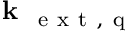
\textbf { k } _ { \mathrm { ~ e ~ x ~ t ~ , ~ q ~ } }